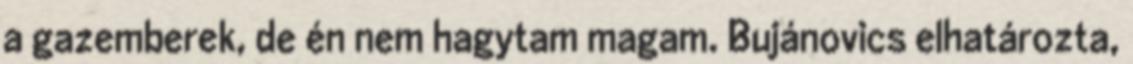
a gazemberek, de én nem hagytam magam. Bujánovics elhatározta,